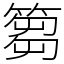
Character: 篘